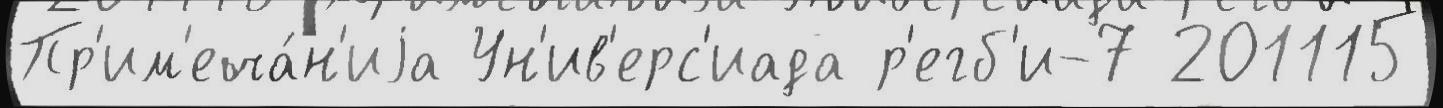
Пр'им'еча́н'иjа Ун'ив'ерс'иада р'егб'и-7 201115